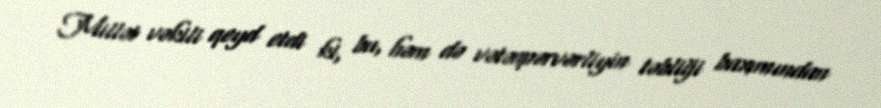
Millət vəkili qeyd etdi ki, bu, həm də vətənpərvərliyin təbliği baxımından